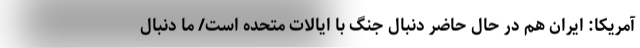
آمریکا: ایران هم در حال حاضر دنبال جنگ با ایالات متحده است/ ما دنبال